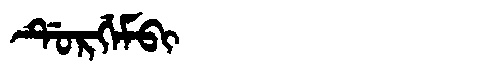
Manchu: ᡩᡠᡵᡤᡝᠮᠪᡳ
Romanization: DURGEMBI